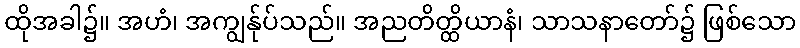
ထိုအခါ၌။ အဟံ၊ အကျွန်ုပ်သည်။ အညတိတ္ထိယာနံ၊ သာသနာတော်၌ ဖြစ်သော